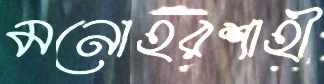
মনোহরশাহী